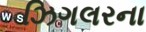
ઝિગલરના